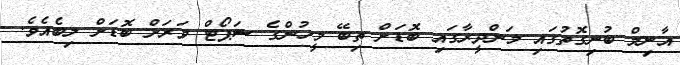
އާނިމް ބުނިގޮތުގައި މަންދީރާގައި ބޮޑަށް ތިބޭ މީހުުންގެ ސަޕޯޓް ވަރަށް ބޮޑަށް ލިބެއެވެ.